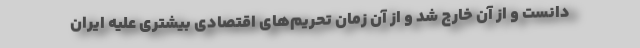
دانست و از آن خارج شد و از آن زمان تحریم‌های اقتصادی بیشتری علیه ایران